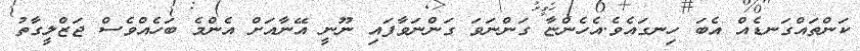
ކަންތައްގަނޑެއް އެބަ ހިނގައެވެ.އެހެންޏާ ގަންނަވަ ގަންނަވާފައި ނޫނީ އޭނާއަށް އެންމެ ބަހެއްވެސް ޖަޒްލީގާތު